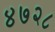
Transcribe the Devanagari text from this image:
४७२८